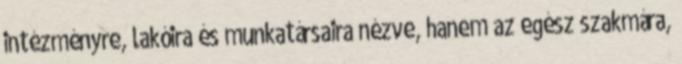
intézményre, lakóira és munkatársaira nézve, hanem az egész szakmára,